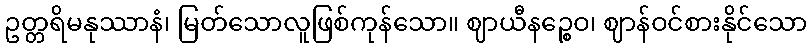
ဥတ္တရိမနုဿာနံ၊ မြတ်သောလူဖြစ်ကုန်သော။ ဈာယီနဉ္စေဝ၊ ဈာန်ဝင်စားနိုင်သော